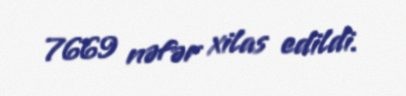
7669 nəfər xilas edildi.